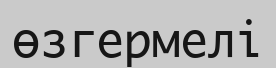
өзгермелі